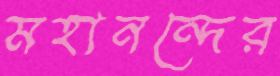
মহানন্দের